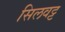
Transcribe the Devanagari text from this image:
सिलवट्ट